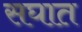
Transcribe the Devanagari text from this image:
सघात